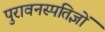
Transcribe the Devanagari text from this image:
पुरावनस्पतिज्ञों